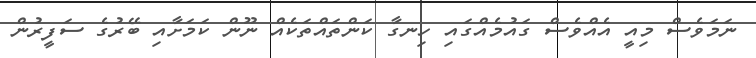
ނަމަވެސް މިއީ އެއްވެސް ގައުމެއްގައި ހިނގާ ކަންތައްތަކެއް ނޫން ކަމަށާއި ބޭރުގެ ސަފީރުން